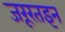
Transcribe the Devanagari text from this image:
जरूरतइन